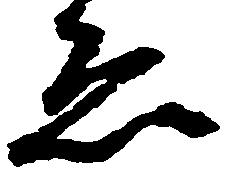
ゑ